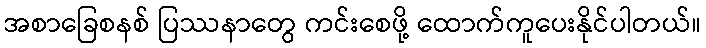
အစာခြေစနစ် ပြဿနာတွေ ကင်းစေဖို့ ထောက်ကူပေးနိုင်ပါတယ်။